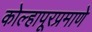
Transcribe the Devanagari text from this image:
कोल्हापूरप्रमाणे